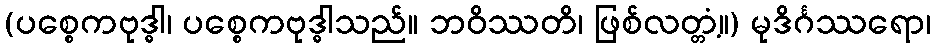
(ပစ္စေကဗုဒ္ဓါ၊ ပစ္စေကဗုဒ္ဓါသည်။ ဘဝိဿတိ၊ ဖြစ်လတ္တံ့။) မုဒိင်္ဂဿရော၊